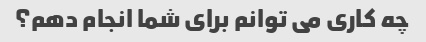
چه کاری می توانم برای شما انجام دهم؟